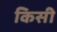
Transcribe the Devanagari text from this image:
किसी